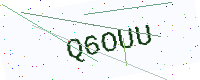
Text: Q6OUU